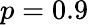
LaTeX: p=0.9